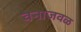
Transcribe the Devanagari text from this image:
वनाजवळ